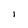
Character: l